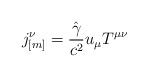
LaTeX: \begin{align*}j_{[m]}^{\nu} = \frac{\hat{\gamma}}{c^2} u_{\mu} T^{\mu\nu}\end{align*}